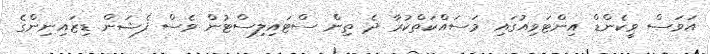
އަވަސް ވީކެންޑް އިންޓަވިއުގައި މަސައްކަތްކުރާ ދެ ތިން ސްޓައިލިސްޓުން ވެސް ފެޝަން ޑިޒައިނިންގެ